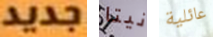
جديد نيتا عائلية